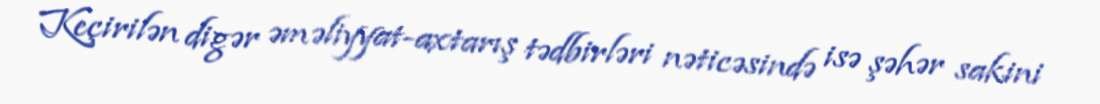
Keçirilən digər əməliyyat-axtarış tədbirləri nəticəsində isə şəhər sakini